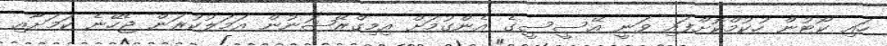
ހައި ކޯޓުން ހުކުމްކޮށްފައި ވަނީ އޭސީސީގެ އެންގުމަށް އިމިގްރޭޝަނުން އަމަލުކުރަން ޖެހޭނެ ކަމަށާއި